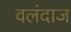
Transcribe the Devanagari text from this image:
वलंदाज